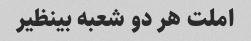
املت هر دو شعبه بینظیر